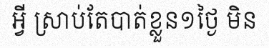
អ្វី ស្រាប់តែបាត់ខ្លួន១ថ្ងៃ មិន